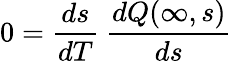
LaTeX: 0=\frac{ds}{dT}\ \frac{dQ(\infty,s)}{ds}